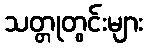
သတ္တုတွင်းများ